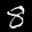
Label: 8